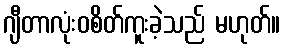
ဂျီတာလုံးဝစိတ်ကူးခဲ့သည် မဟုတ်။